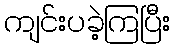
ကျင်းပခဲ့ကြပြီး